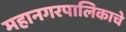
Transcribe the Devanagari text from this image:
महानगरपालिकाचे